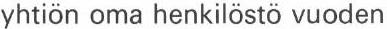
yhtiön oma henkilöstö vuoden